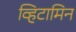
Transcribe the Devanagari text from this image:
व्हिटामिन